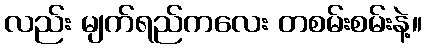
လည်း မျက်ရည်ကလေး တစမ်းစမ်းနဲ့။